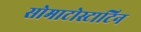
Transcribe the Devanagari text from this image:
सोमाटोस्टाटिन